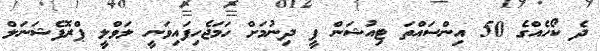
ދެ ކޯހެއްގެ 50 އިންސައްތަ ޓިއުޝަން ފީ ދިނުމަށް ހަމަޖެހިފައިވަނީ ލަވްލީ ޕްރޮފެޝަނަލް